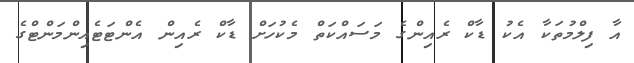
އާ ފިލްމުތަކާ އެކު ޑާކް ރެއިންގެ މަސައްކަތް މެކުހަށް ޑާކް ރެއިން އެންޓަޓެއިންމަންޓްގެ